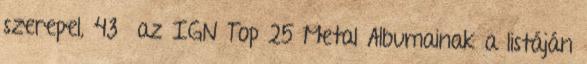
szerepel, 43 az IGN Top 25 Metal Albumainak a listáján